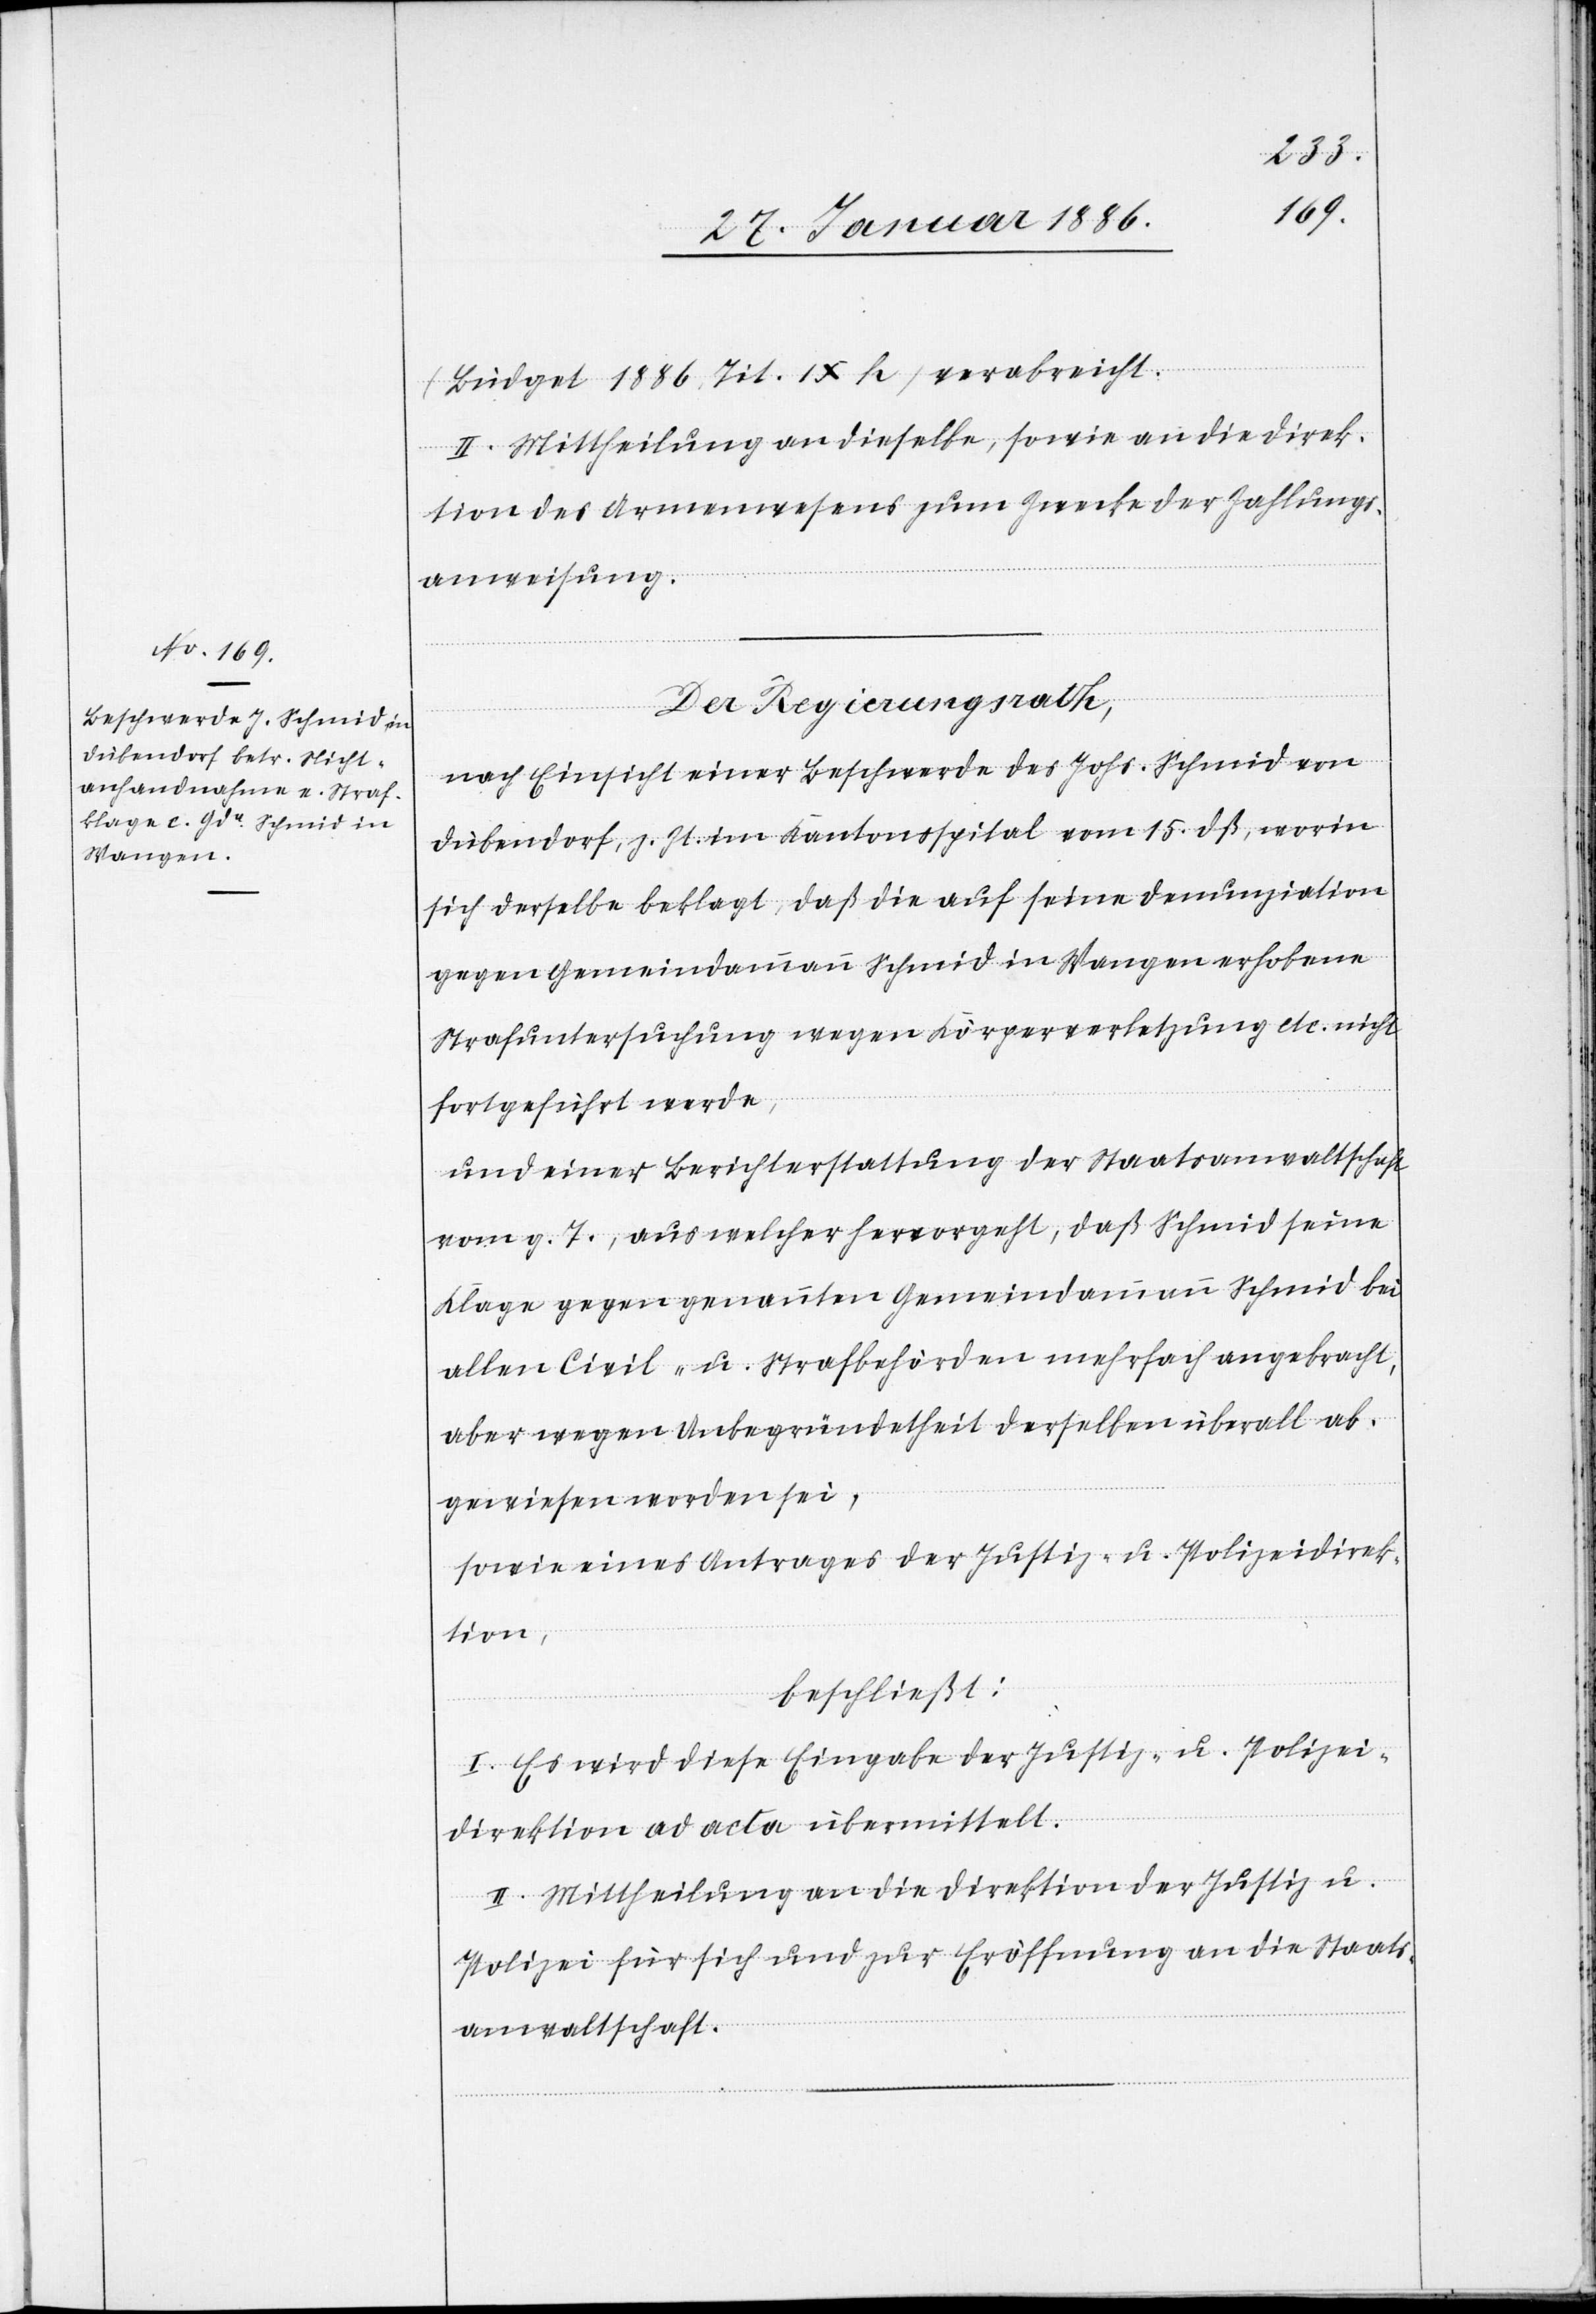
(Büdget 1886, Tit. IX h) verabreicht.
II. Mittheilung an dieselbe, sowie an die Direk¬
tion des Armenwesens zum Zwecke der Zahlungs¬
anweisung.
Der Regierungsrath,
nach Einsicht einer Beschwerde des Johs. Schmid von
Dübendorf, z. Zt. im Kantonsspital vom 15. dß., worin
sich derselbe beklagt, daß die auf seine Denunziation
gegen Gemeindeamman Schmid in Wangen erhobene
Strafuntersuchung wegen Körperverletzung etc. nicht
fortgeführt werde,
und einer Berichterstattung der Staatsanwaltschaft
vom g. T., aus welcher hervorgeht, daß Schmid seine
Klage gegen genannten Gemeindeammann Schmid bei
allen Civil- u. Strafbehörden mehrfach angebracht,
aber wegen Unbegründetheit derselben überall ab¬
gewiesen worden sei;
sowie eines Antrages der Justiz- u. Polizeidirek¬
tion,
beschließt:
I. Es wird diese Eingabe der Justiz- u. Polizei¬
direktion ad acta übermittelt.
II. Mittheilung an die Direktion der Justiz u.
Polizei für sich und zur Eröffnung an die Staats¬
anwaltschaft.